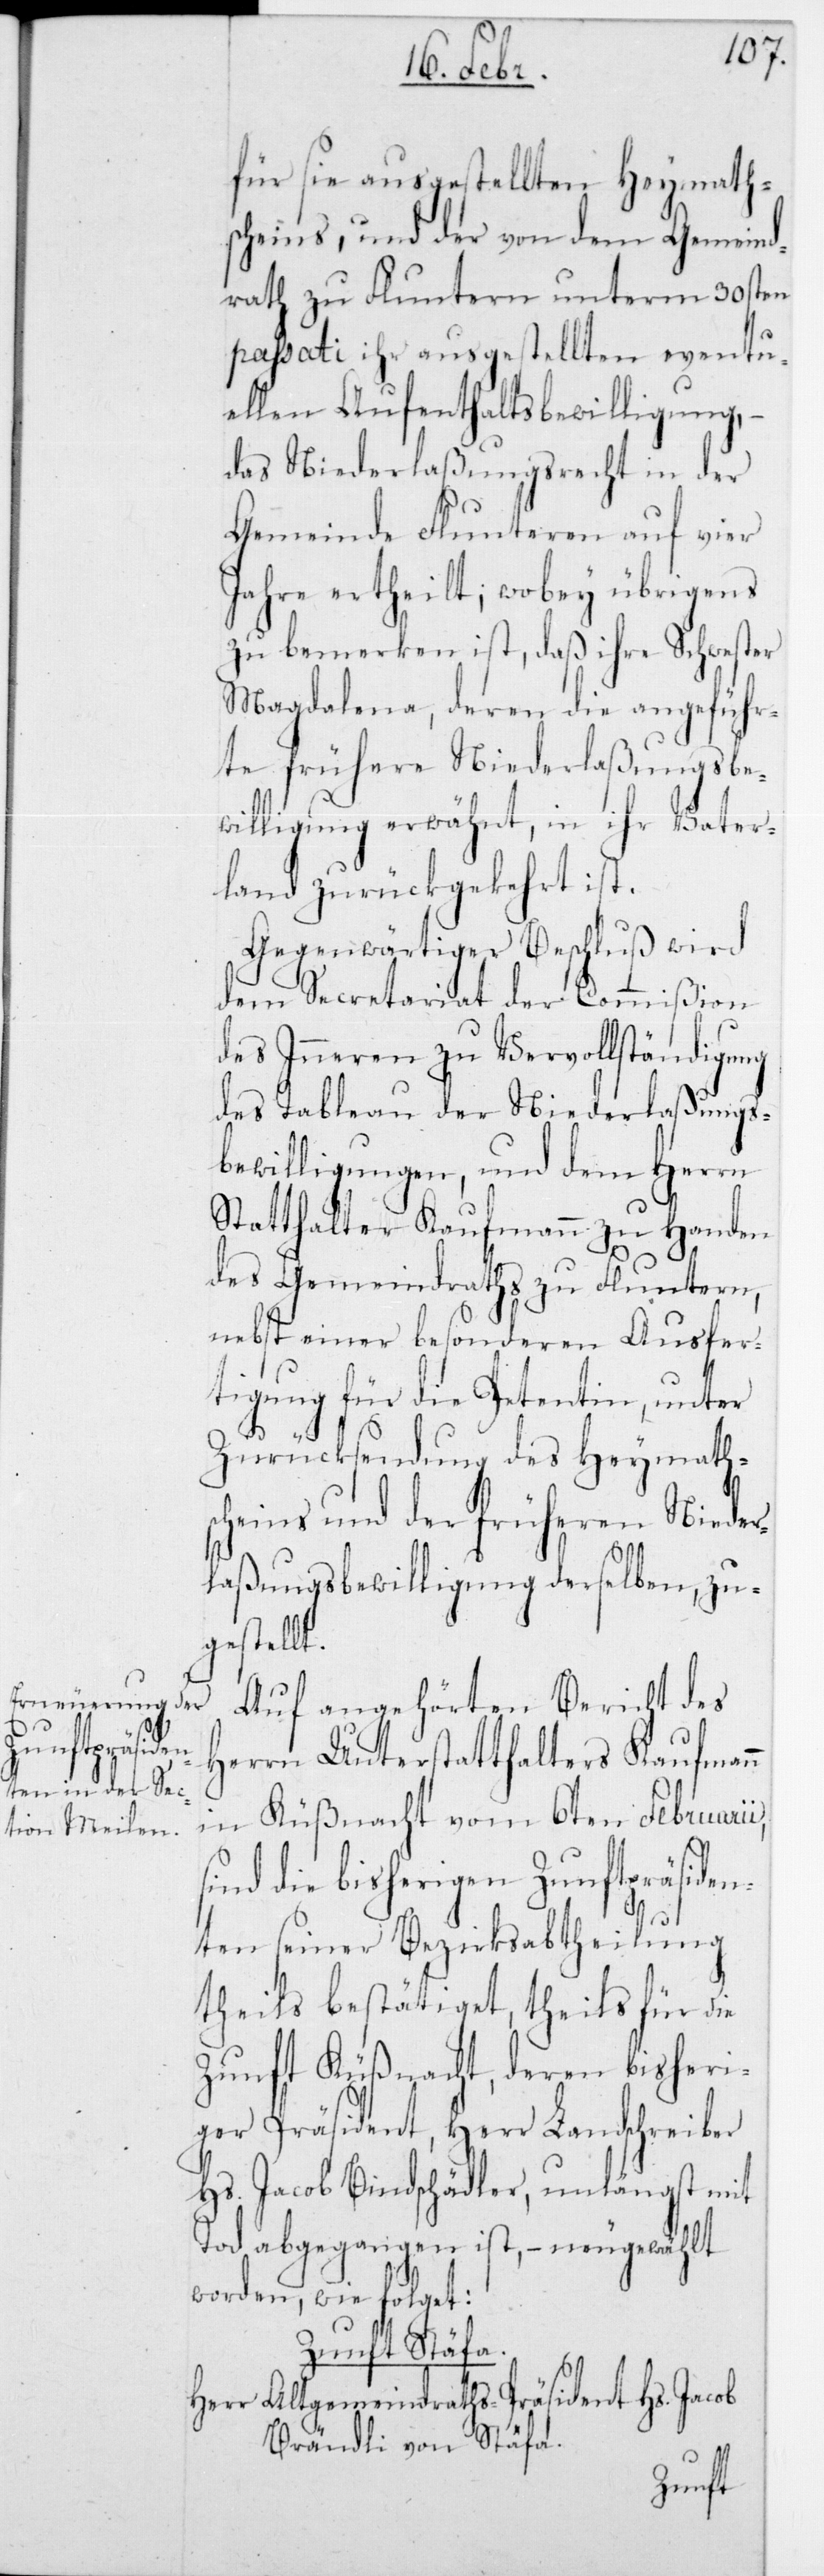
für sie ausgestellten Heymath¬
scheins, und der von dem Gemeind¬
rat zu Fluntern unterm 30sten
passati ihr ausgestellten eventu¬
ellen Aufenthaltsbewilligung,
das Niederlaßungsrecht in der
Gemeinde Flunteren auf vier
Jahre ertheilt; wobey übrigens
zu bemerken ist, daß ihre Schwester
Magdalena, deren die angeführ¬
te frühere Niederlaßungsbe¬
willigung erwähnt, in ihr Vater¬
land zurückgekehrt ist.
Gegenwärtiger Beschluß wird
dem Secretariat der Commißion
des Innern zu Vervollständigung
des Tableau der Niederlaßungs¬
bewilligungen, und dem Herrn
Statthalter Kaufmann zu Handen
des Gemeindraths zu Fluntern,
nebst einer besonderen Ausfer¬
tigung für die Petentin, unter
Zurücksendung des Heymaths¬
cheins und der früheren Nieder¬
laßungsbewilligung derselben, zu¬
gestellt.
Auf angehörten Bericht des
Herrn Unterstatthalters Kaufmann
in Küßnacht vom 6ten Februari¬
ind die bisherigen Zunftpräside¬
nten seiner Bezirksabtheilung
theils bestätiget, theils für die
Zunft Küßnacht, deren bisheri¬
ger Präsident, Herr Landschreiber
Hs. Jacob Bindschädler, unlängst mit
Tod abgegangen ist, – neugewählt
worden, wie folget:
Zunft Stäfa.
Herr Altgemeindraths-Präsident Hs. Jacob
Brändli von Stäfa.